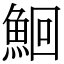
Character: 鮰